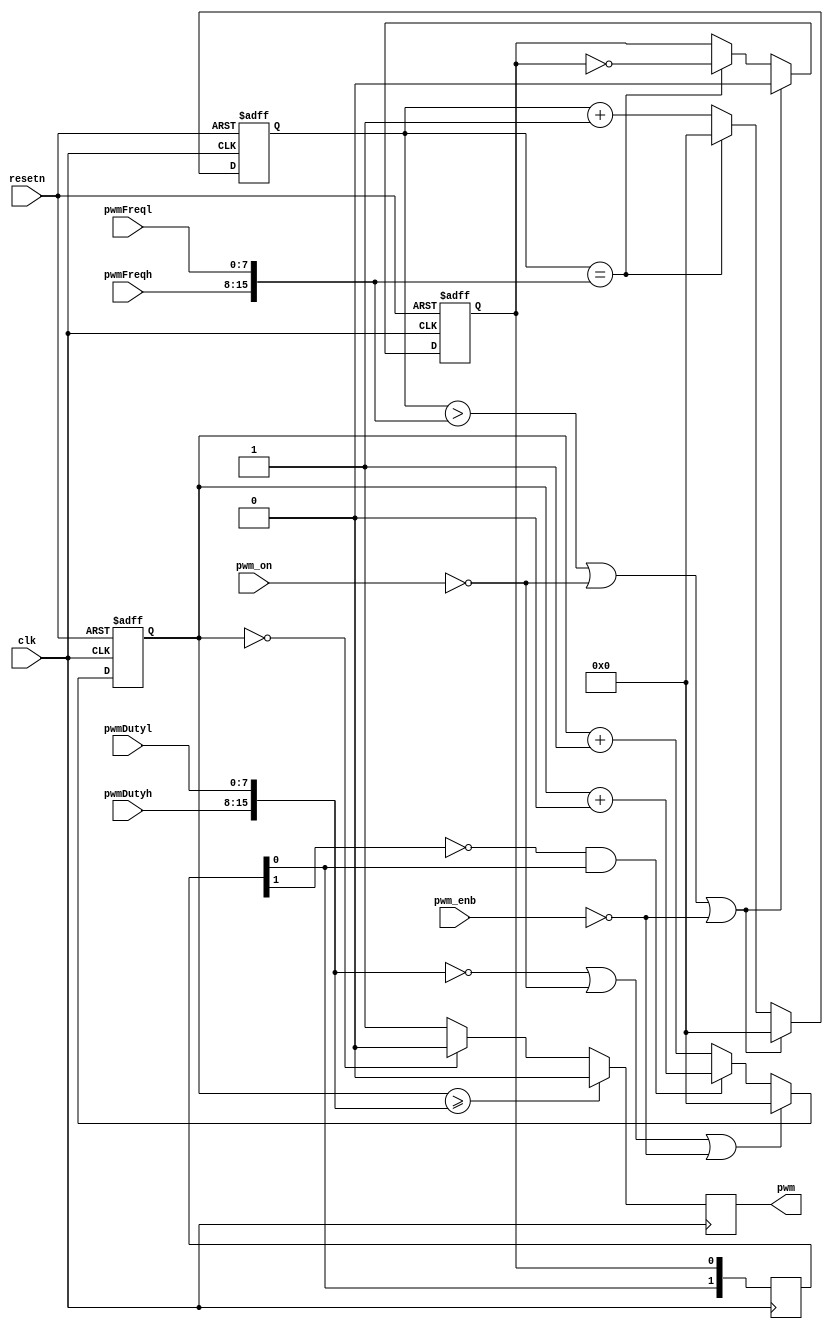
//					.
// ----------------------------------------------------------------------------
// This reference design and source code is being provided on an "as-is" basis 
// and as an accommodation, and therefore all warranties, representations or 
// guarantees of any kind (whether express, implied or statutory) including, 
// without limitation, warranties of merchantability, non-infringement, or  
// fitness for a particular purpose, are specifically disclaimed.
//
//
// ----------------------------------------------------------------------------



module pwm (
       input clk,
		 input resetn,
		 output pwm,
		 input pwm_on,
		 input pwm_enb,
		 input [7:0]pwmDutyl,
		 input [7:0]pwmDutyh,
		 input [7:0]pwmFreql,
		 input [7:0]pwmFreqh
		);
		
		
reg [15:0]pwmDutyReg;
reg [15:0]pwmFreqReg;
reg pwmClk;
wire [15:0]pwmFreqR;
wire [15:0]pwmDutyR;

reg [1:0]pwmClkBuf;
reg pwm_r;

assign pwm = pwm_r;


assign pwmDutyR = {pwmDutyh,pwmDutyl};
assign pwmFreqR = {pwmFreqh,pwmFreql};


always @(posedge clk or negedge resetn) begin
   if(~resetn)  begin
      pwmFreqReg <= 16'h0000;
      pwmClk <= 0;
   end	
   else if ((pwmFreqReg > pwmFreqR) || ~pwm_on || ~pwm_enb) begin
      pwmFreqReg <= 16'h0000;
      pwmClk <= 0;
   end 
	else if (pwmFreqReg == pwmFreqR)begin
      pwmClk <= ~pwmClk;
      pwmFreqReg <= 16'h0000;
   end 
	else
      pwmFreqReg <= pwmFreqReg + 16'h0001;
end


always @(posedge clk) begin
 
	pwmClkBuf[1:0] <= {pwmClkBuf[0],pwmClk}; // test
	
end

always @(posedge clk  or negedge resetn) begin
  if (~resetn)
     pwmDutyReg <= 16'h0000;     
  else if ((pwmDutyR == 0) || ~pwm_on || ~pwm_enb) 
     pwmDutyReg <= 16'h0000;
  else if( ~pwmClkBuf[1] && pwmClkBuf[0])     //clock rising edge
     pwmDutyReg <= pwmDutyReg + 16'h0000;
  else 
     pwmDutyReg <= pwmDutyReg + 16'h0001;
     
end


always @(posedge clk) begin
   if (pwmDutyReg >= pwmDutyR)
      pwm_r <= 0;
   else if(pwmDutyReg == 0)
      pwm_r <= 0;
	else 
	   pwm_r <= 1;
end

endmodule